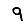
Digit: 9